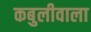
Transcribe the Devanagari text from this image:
कबुलीवाला